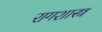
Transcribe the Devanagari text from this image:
रागशास्त्र